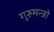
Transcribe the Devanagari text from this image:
गुरुमन्त्रो